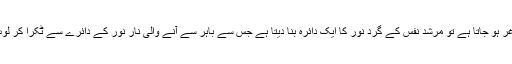
جب نفس لاغر ہو جاتا ہے تو مرشد نفس کے گرد نور کا ایک دائرہ بنا دیتا ہے جس سے باہر سے آنے والی نار نور کے دائرے سے ٹکرا کر لوٹ جاتی ہے۔